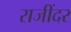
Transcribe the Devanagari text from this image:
राजींदर